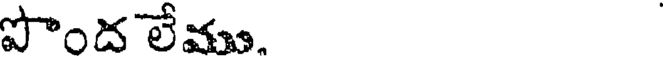
పొంద లేము.